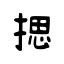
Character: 揌